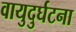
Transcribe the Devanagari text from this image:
वायुदुर्घटना